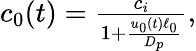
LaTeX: \begin{array}{r}{c_{0}(t)=\frac{c_{i}}{1+\frac{u_{0}(t)\ell_{0}}{D_{p}}},}\end{array}